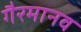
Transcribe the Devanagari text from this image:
गैरमानव